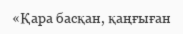
«Қара басқан, қаңғыған